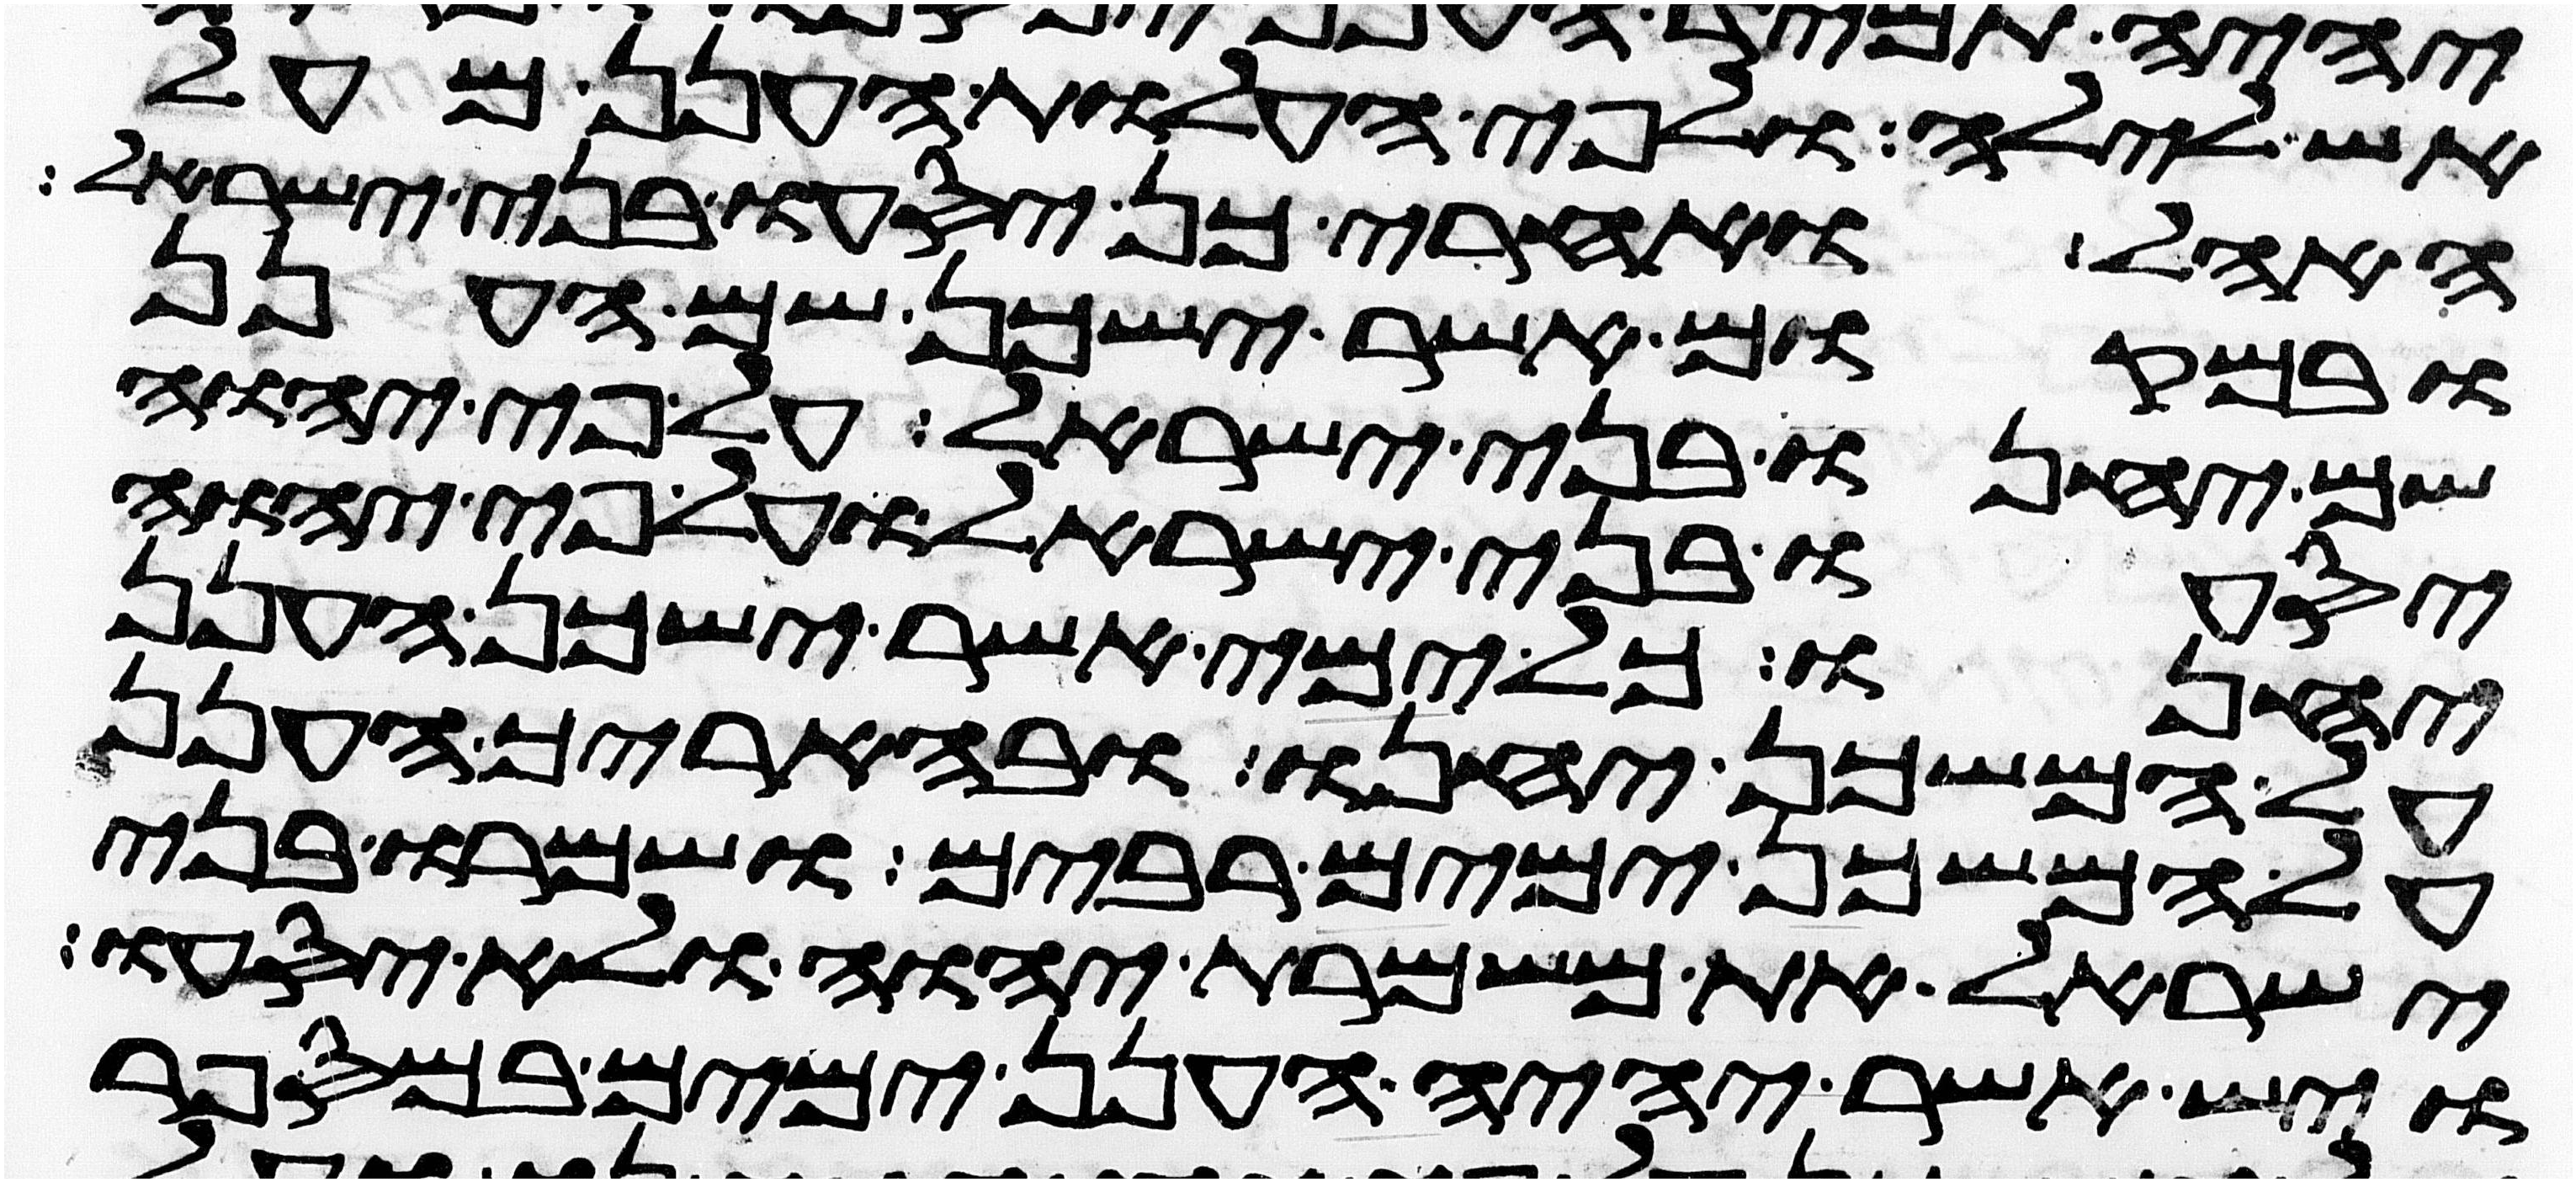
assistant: אש לילה ולפי העלות הענן מעל
האהל ואחרי כן יסעו בני ישראל
ובמקום אשר ישכן שם הענן
שם יחנו בני ישראל על פי יהוה
יסעו בני ישראל ועל פי יהוה
יחנו כל ימי אשר ישכן הענן
על המשכן יחנו ובהאריך הענן
על המשכן ימים רבים ושמרו בני
ישראל את משמרת יהוה ולא יסעו
ויש אשר יהיה הענן ימים במספר